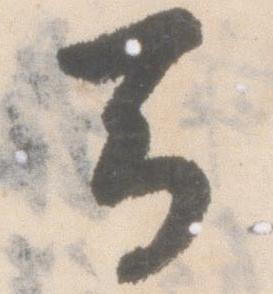
馬